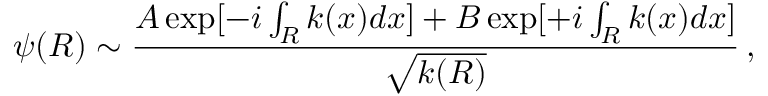
\psi ( R ) \sim \frac { A \exp [ - i \int _ { R } k ( x ) d x ] + B \exp [ + i \int _ { R } k ( x ) d x ] } { \sqrt { k ( R ) } } \, ,